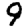
Digit: 9